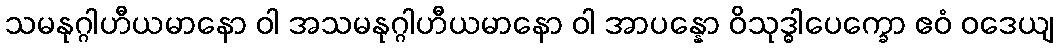
သမနုဂ္ဂါဟီယမာနော ဝါ အသမနုဂ္ဂါဟီယမာနော ဝါ အာပန္နော ဝိသုဒ္ဓါပေက္ခော ဧဝံ ဝဒေယျ